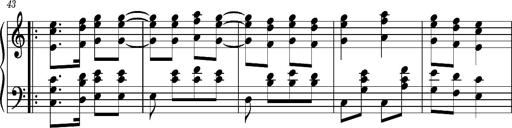
Title: Ungarischer Romanzero
Composer: Franz Liszt